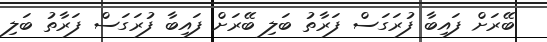
ބޭރަށް ފައިބާ ފުރަގަސް ފަރާތު ބަލި ބޭރަށް ފައިބާ ފުރަގަސް ފަރާތު ބަލި